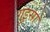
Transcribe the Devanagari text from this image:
गुइसा